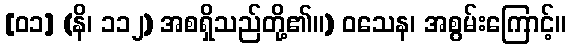
[၀၁] (နိ၊ ၁၁၂) အစရှိသည်တို့၏။) ဝသေန၊ အစွမ်းကြောင့်။